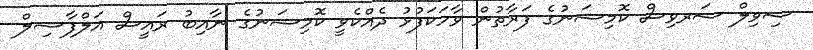
ސިވިލް ސަރވިސް ކޮމިޝަނުގެ ފަރާތުން ވާހަކަފުޅު ދެއްކެވީ ކޮމިޝަނުގެ ނާއިބު ރައީސް އަލްފާޟިލް